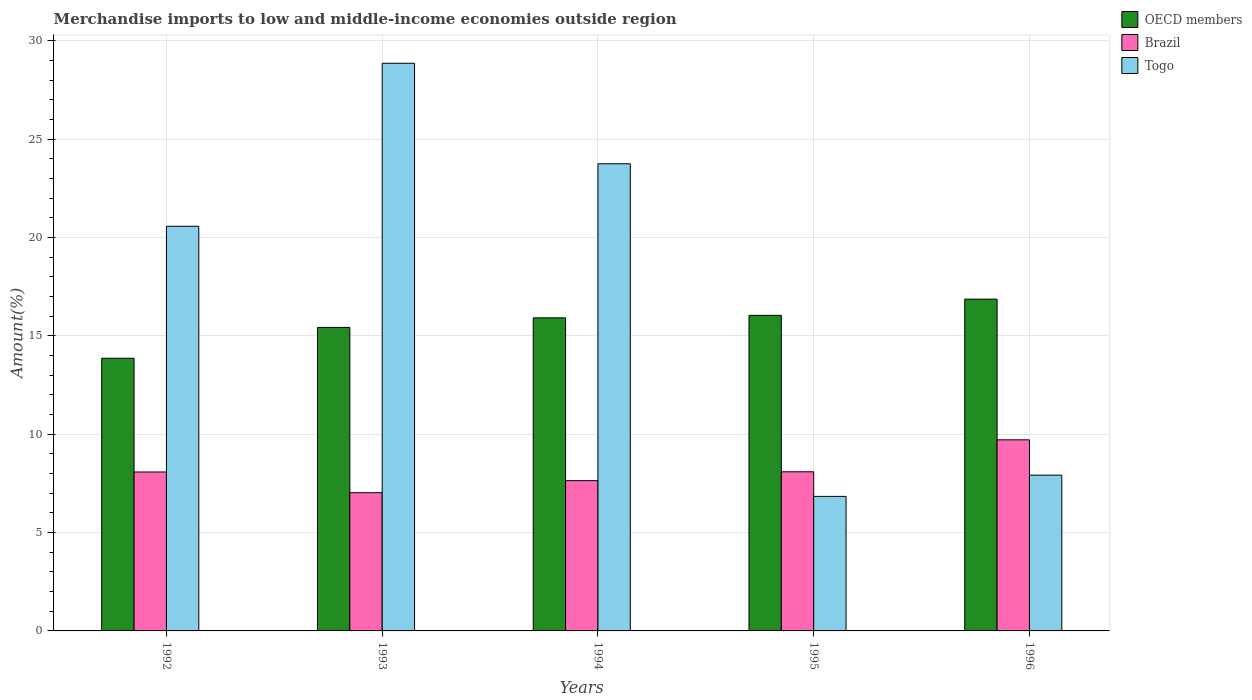
| Years | OECD members | Brazil | Togo |
 | --- | --- | --- | --- |
 | 1992 | 13.9 | 8.08 | 20.6 |
 | 1993 | 15.4 | 7.03 | 28.9 |
 | 1994 | 15.9 | 7.64 | 23.8 |
 | 1995 | 16 | 8.09 | 6.84 |
 | 1996 | 16.9 | 9.72 | 7.92 |